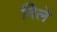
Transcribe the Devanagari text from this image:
दिेले